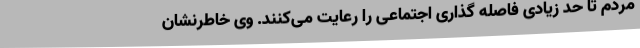
مردم تا حد زیادی فاصله گذاری اجتماعی را رعایت می‌کنند. وی خاطرنشان